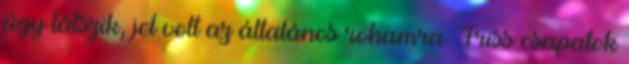
úgy látszik, jel volt az általános rohamra. Friss csapatok